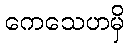
ကေသေဟမှိ